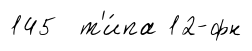
145 т'и́па 12-фн